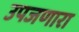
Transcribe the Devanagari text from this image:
उपजणारा